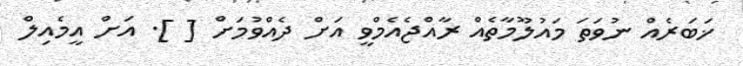
ޚަބަރެއް ނުވަތަ މައުލޫމާތެއް ރާއްޖެއެމްވީ އަށް ދެއްވުމަށް [ ]. އަށް އީމެއިލް